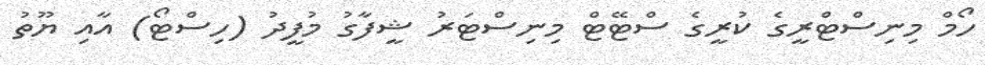
ހޯމް މިނިސްޓްރީގެ ކުރީގެ ސްޓޭޓް މިނިސްޓަރު ޝީފާގު މުފީދު (ހިސްޓޯ) އާއި ޔޫތު